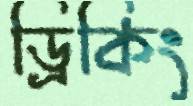
ড্রিকিং